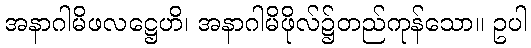
အနာဂါမိဖလဋ္ဌေဟိ၊ အနာဂါမိဖိုလ်၌တည်ကုန်သော။ ဥပါ